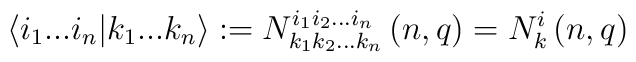
\langle i_1 ...  i_n | k_1 ...  k_n \rangle := N^{i_1i_2	  ...  i_n}_{k_1k_2 ...  k_n} \left( n,q \right) = N^{i}_{k}\left(	  n,q \right)